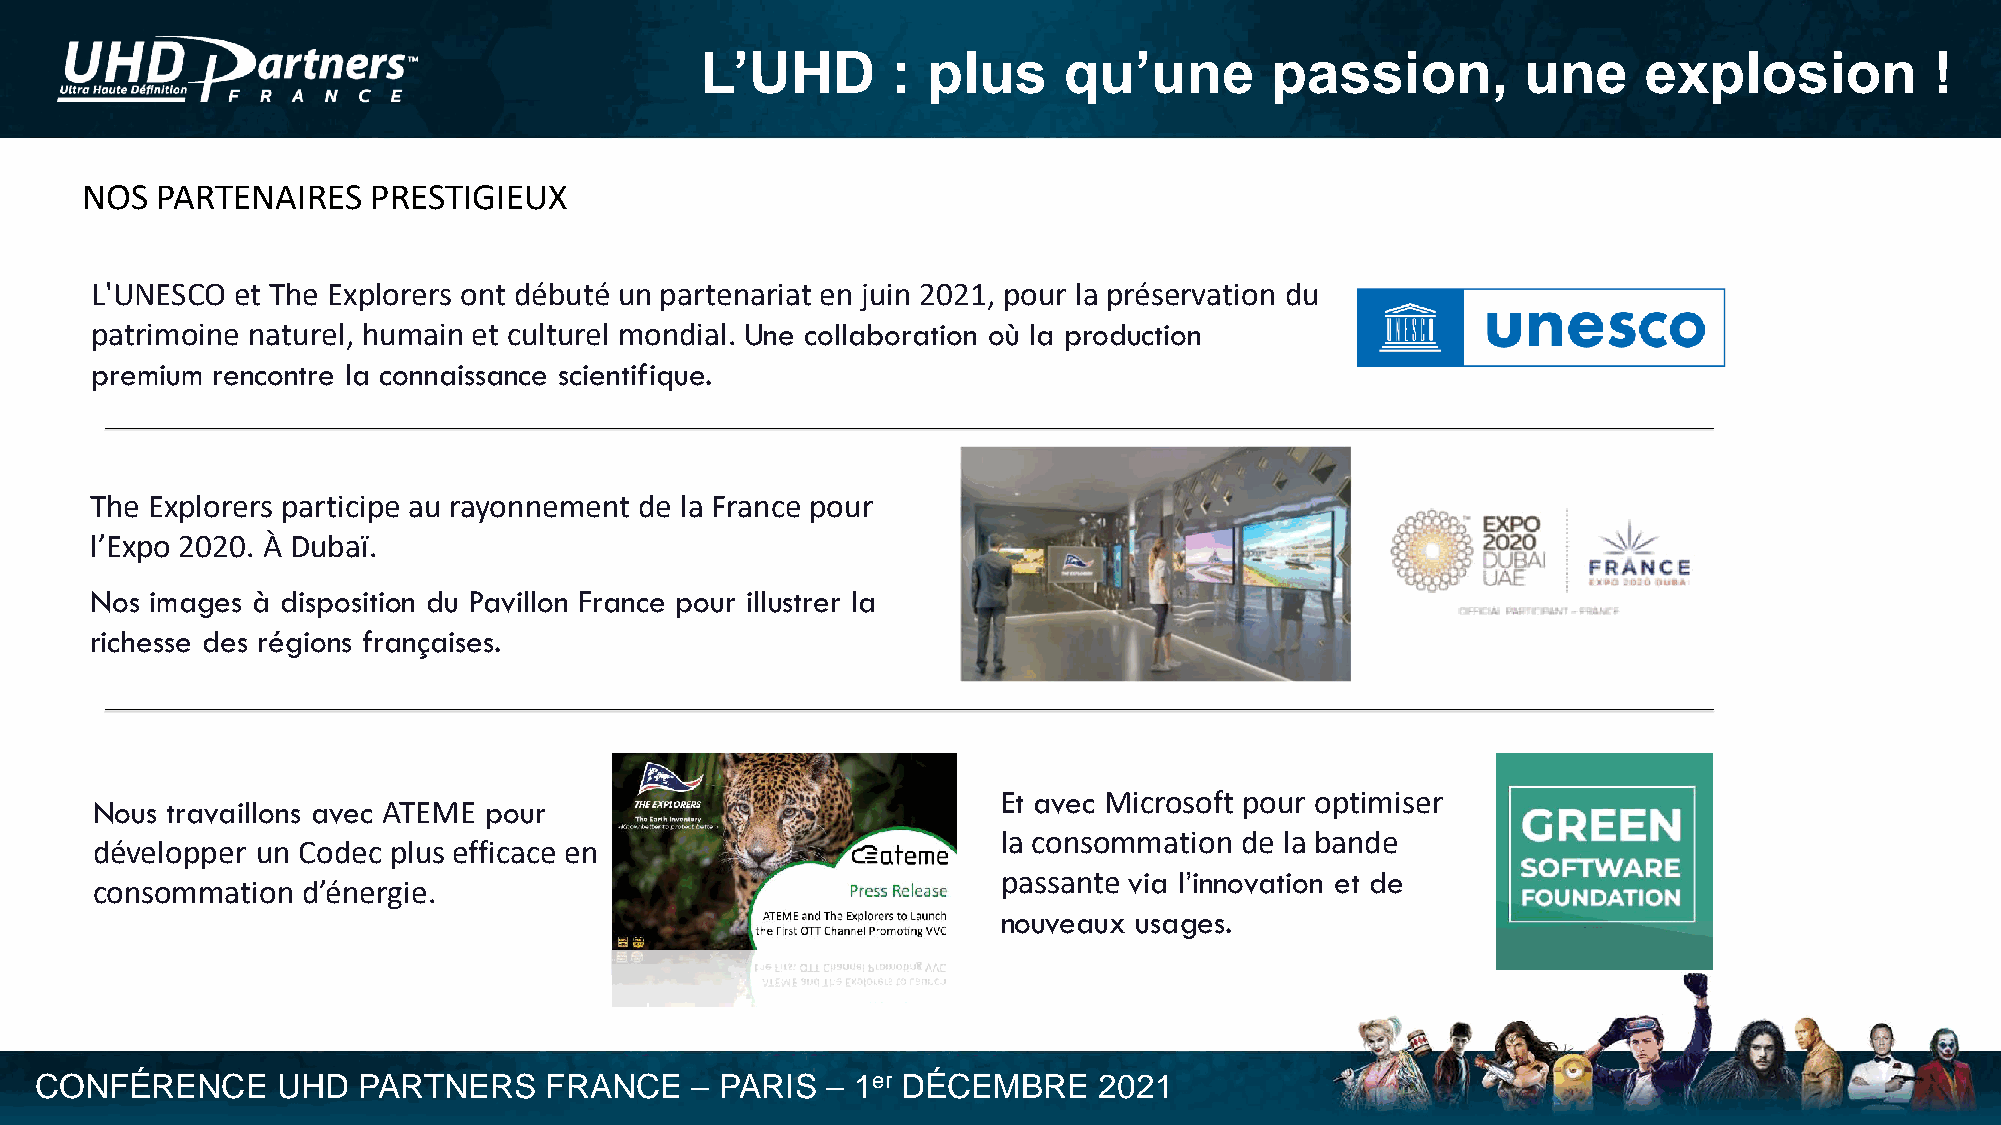
L’UHD        : plus     qu’une        passion,         une     explosion          !
 NOS  PARTENAIRES    PRESTIGIEUX
 L'UNESCO et The Explorers ont débuté un partenariat en juin 2021, pour la préservation du
 patrimoine naturel, humain et culturel mondial. Une collaboration où la production
 premium rencontre la connaissance scientifique.
 The Explorers participe au rayonnement de la France pour
 l’Expo 2020. À Dubaï.
 Nos images à disposition du Pavillon France pour illustrer la
 richesse des régions françaises.
 Et avec Microsoft pour optimiser
 Nous travaillons avec ATEME pour
 la consommation de la bande
 développer un Codec plus efficace en
 passante via l’innovation et de
 consommation  d’énergie.
 nouveaux usages.
 CONFÉRENCE      UHD   PARTNERS    FRANCE    – PARIS  – 1er DÉCEMBRE    2021